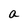
Character: a